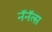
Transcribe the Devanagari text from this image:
नॅनॅत्स